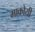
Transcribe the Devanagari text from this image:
माकोयी